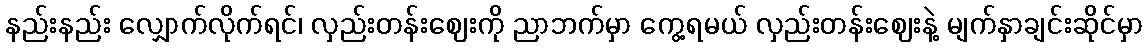
နည်းနည်း လျှောက်လိုက်ရင်၊ လှည်းတန်းဈေးကို ညာဘက်မှာ ကွေ့ရမယ် လှည်းတန်းဈေးနဲ့ မျက်နှာချင်းဆိုင်မှာ